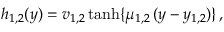
h _ { 1 , 2 } ( y ) = v _ { 1 , 2 } \operatorname { t a n h } \{ \mu _ { 1 , 2 } \, ( y - y _ { 1 , 2 } ) \} \, ,